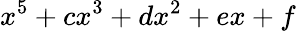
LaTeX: x^{5}+cx^{3}+dx^{2}+ex+f